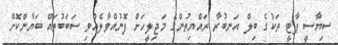
ސިޔާސީ ޕާޓީ ތަކުގެ ބިލް އަނބުރާ ރައްޔިތުންގެ މަޖިލީހަށް ފޮނުއްވާލެއްވި ސަބަބުތައް ބަޔާންކޮށް